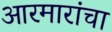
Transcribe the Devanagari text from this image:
आरमारांचा